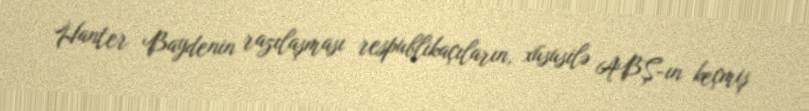
Hanter Baydenin razılaşması respublikaçıların, xüsusilə ABŞ-ın keçmiş